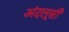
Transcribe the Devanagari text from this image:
अंदलूसी